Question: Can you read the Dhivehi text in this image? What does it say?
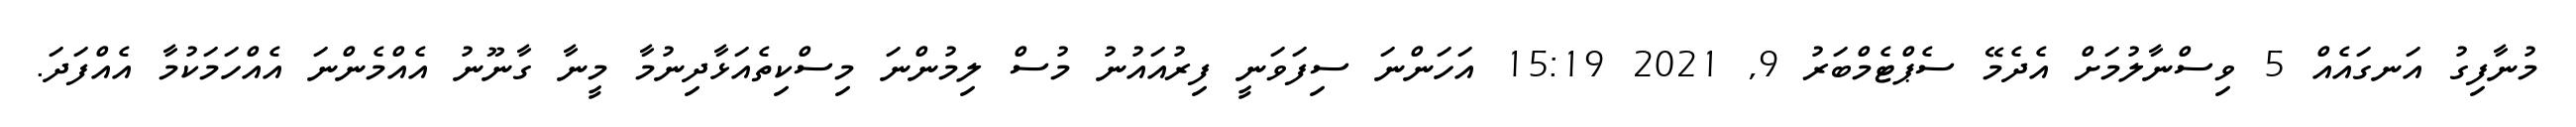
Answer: މުނާފިގު އަނގައެއް 5 ވިސްނާލުމަށް އެދެމޭ ސެޕްޓެމްބަރު 9, 2021 15:19 އަހަންނަ ސިފަވަނީ ފިރުއައުނު މުސް ލިމުންނަ މިސްކިތެއަޅާދިނުމާ މީނާ ގާނޫނު އެއްމެންނަ އެއްހަމަކުމާ އެއްފަދަ.